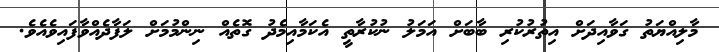
މާލިއްޔަތު ގަވާއިދަށް އިތުރުކުރި ބާބަށް އަމަލު ނުކުރާތީ އެކަމާއިމެދު ގޮތެއް ނިންމުމަށް ލަފާދެއްވާފައިވެއެވެ.